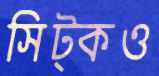
সিট্‌কও